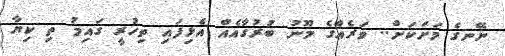
ނޭނގެ މަށަކަށް.. ވަރެއްގެ މޫނު ބުރުގާއެއް އެޅިފައި ތިހުރީ ގައިމު ތި ކިޔާ